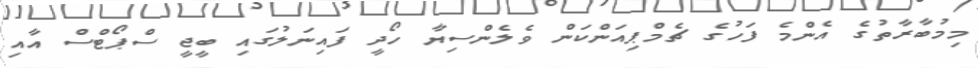
މިމުބާރާތުގެ އެންމެ ފަހުގެ ޗެމްޕިއަންކަން ވެލެންސިޔާ ހޯދީ ފައިނަލުގައި ބީޖީ ސްޕޯޓްސް އާއި